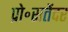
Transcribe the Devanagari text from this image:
प्रो॰सतेंदर